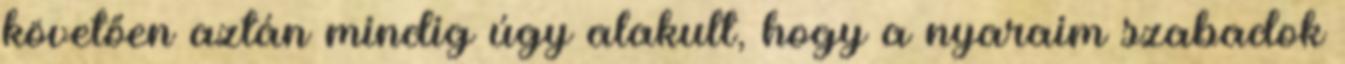
követően aztán mindig úgy alakult, hogy a nyaraim szabadok